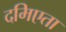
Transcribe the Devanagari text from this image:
दमिएता